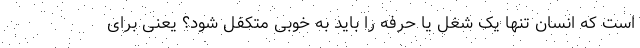
است که انسان تنها یک شغل یا حرفه را باید به خوبی متکفل شود؟ یعنی برای